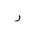
Letter: _ra